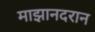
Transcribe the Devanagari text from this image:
माझानदरान